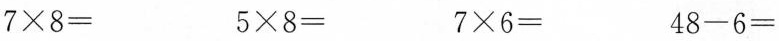
$$7\times8=$$ $$5\times8=$$ $$7\times6=$$ $$4 8-6=$$